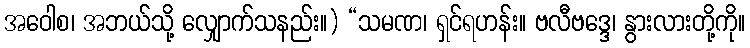
အဝေါစ၊ အဘယ်သို့ လျှောက်သနည်း။) “သမဏ၊ ရှင်ရဟန်း။ ဗလီဗဒ္ဒေ၊ နွားလားတို့ကို။